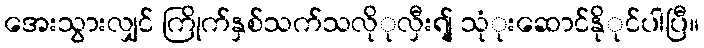
အေးသွားလျှင် ကြိုက်နှစ်သက်သလိုုလှီးရျ် သုုံးဆောင်နိုုင်ပါပြီ။